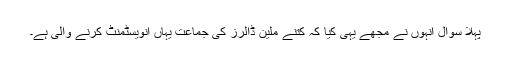
پہلا سوال انہوں نے مجھے یہی کیا کہ کتنے ملین ڈالرز کی جماعت یہاں انویسٹمنٹ کرنے والی ہے۔